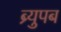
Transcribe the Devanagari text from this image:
ब्र्युपब